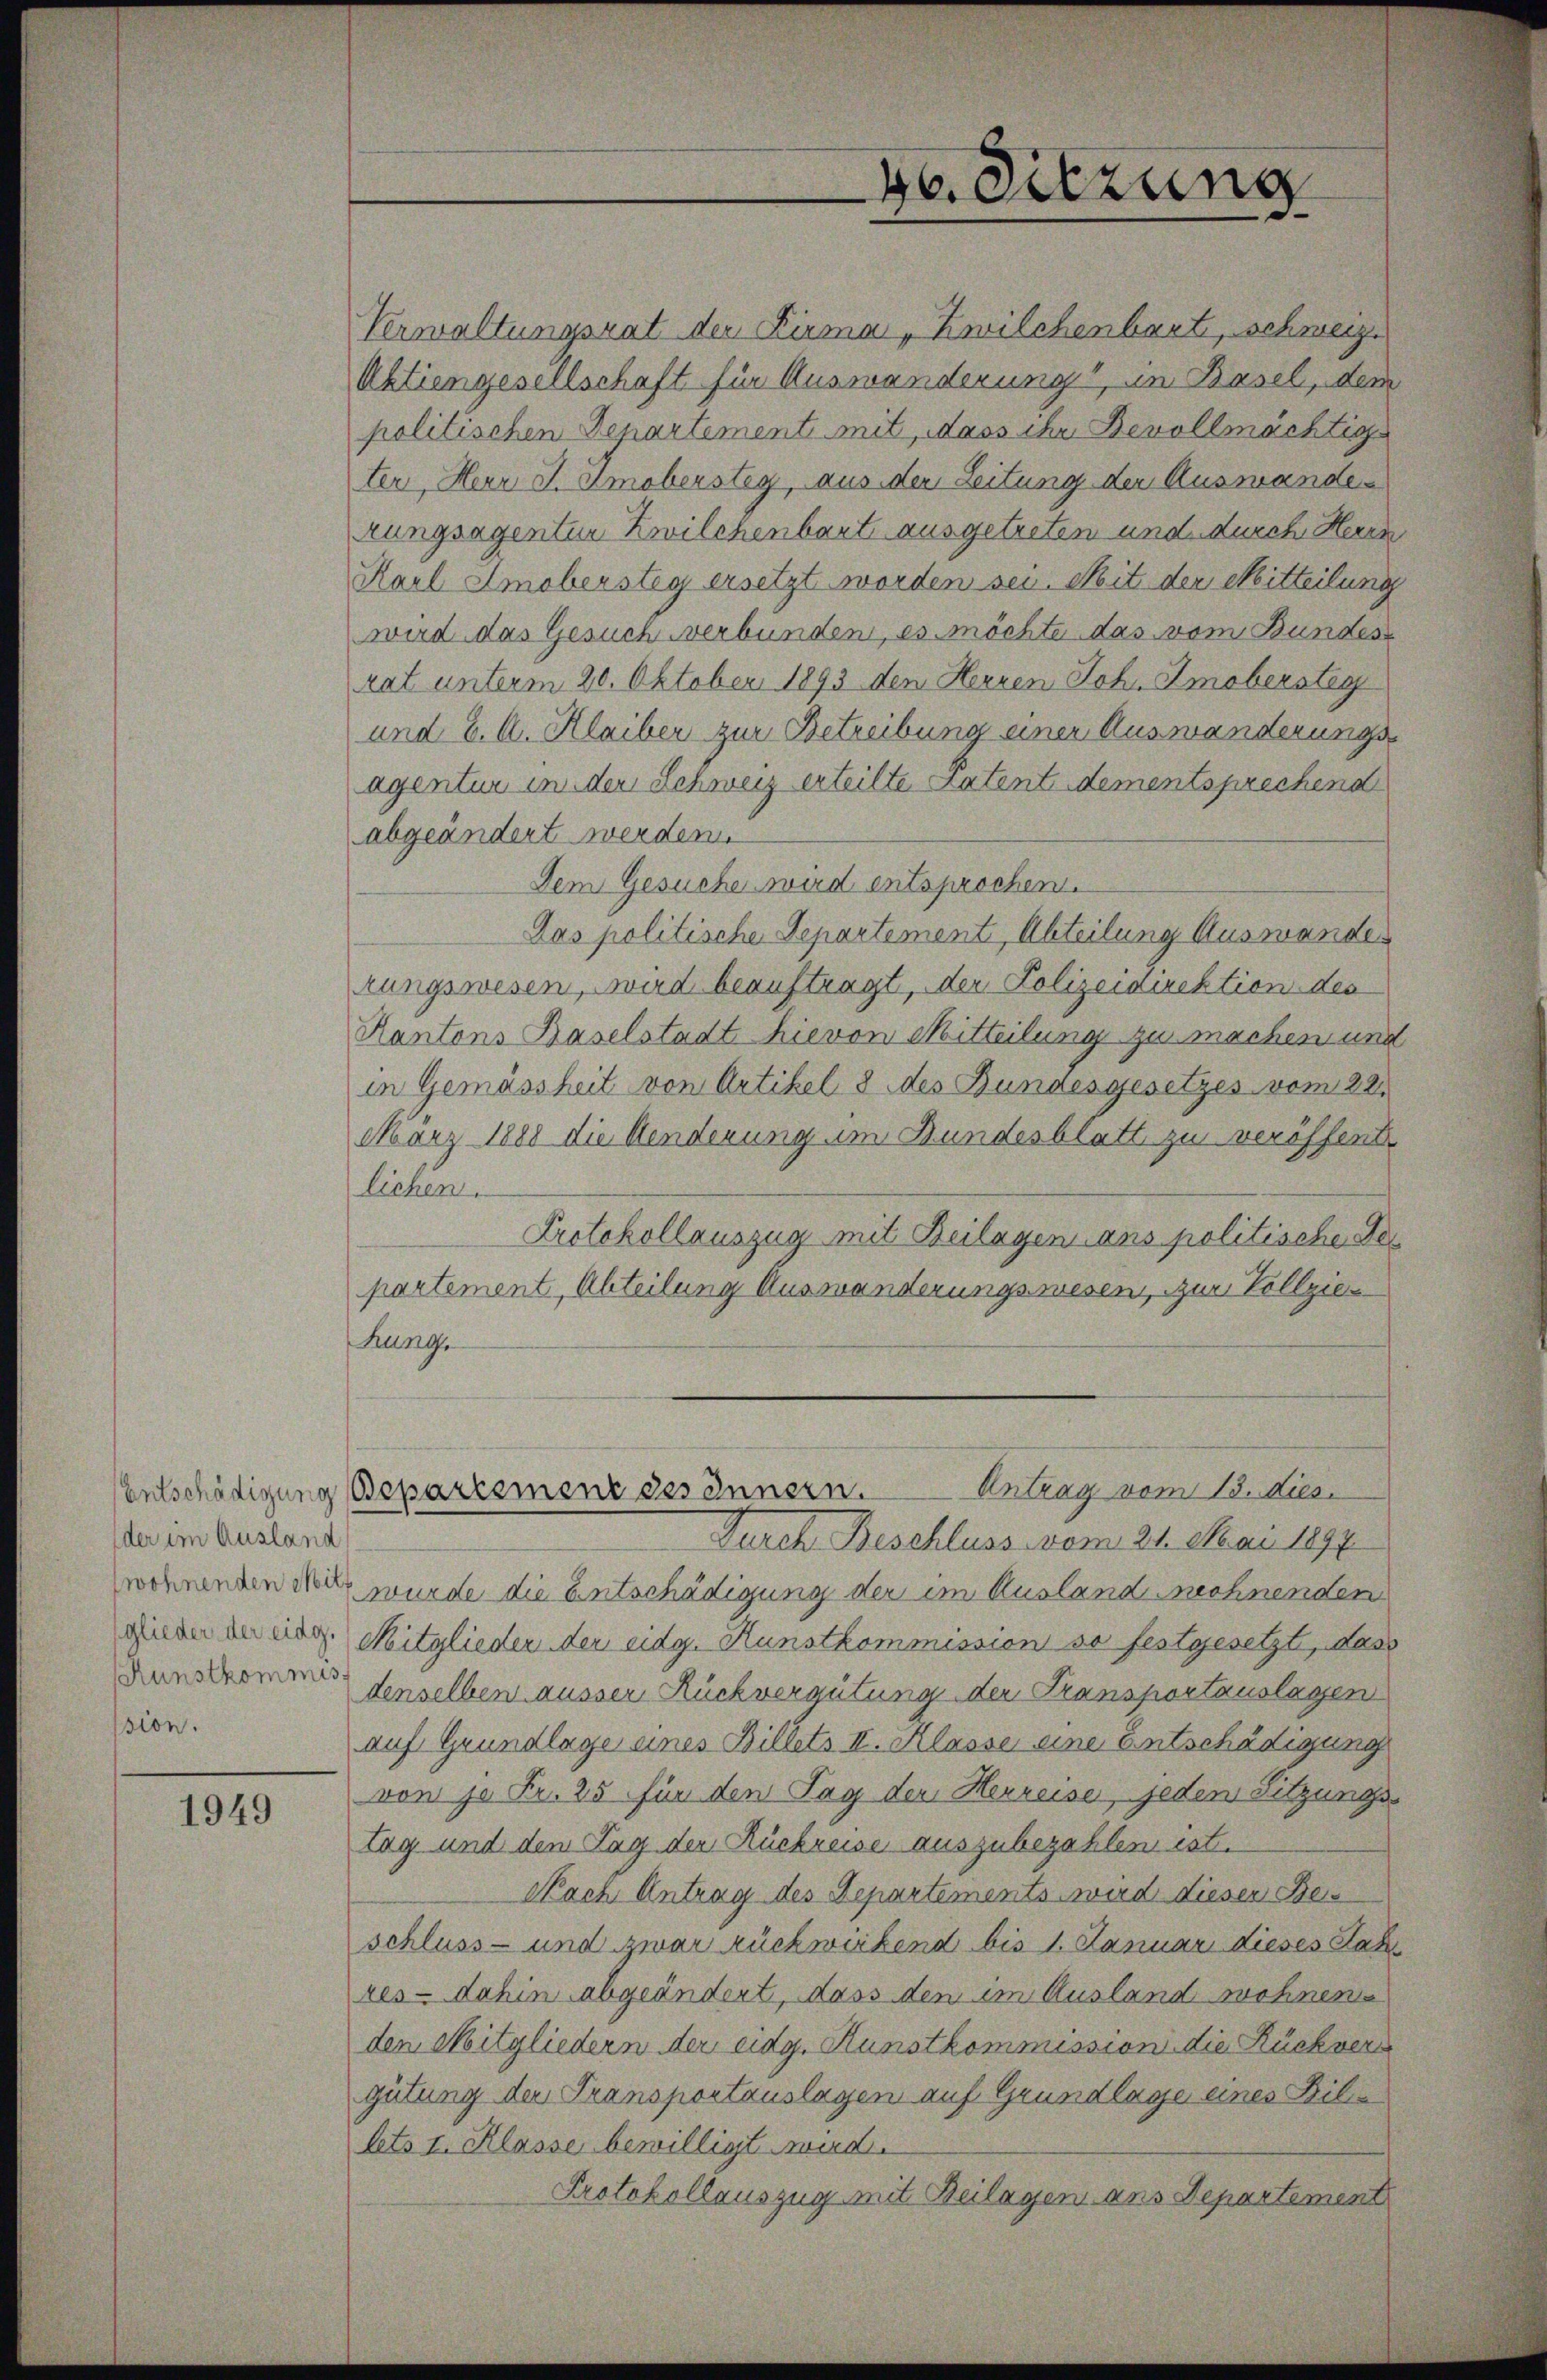
der im Ausland
wohnenden Mil
Kunstkommis
ssion.

1949

Verwaltungsrat der Firma „Zwilchenbaut, schweiz.
Aktiengesellschaft für Auswanderung, in Basel, dem
politischen Departement mit, dass ihr Bevollmächtig
ter, Herr J. Amoberstey, aus der Leitung der Auswande
rungsagenten Zwilchenbart ausgetreten und durch Herrn
Karl Smoberstey ersetzt worden sei. Mit der Mitteilung
wird das Gesuch verbunden, es möchte das vom Bundes
rat unterm 20. Oktober 1893 den Herren Joh. Amobersteg
und 2. A. Klaiber zur Betreibung einer Auswanderungs-
agentur in der Schweiz erteilte Patent dementsprechend
abgeändert werden
Dem Gesuche wird entsprochen.
Das politische Departement, Abteilung Auswande
rungswesen, wird beauftragt, der Polizeidirektion des
Kantons Baselstadt hievon Mitteilung zu machen und
in Gemässheit von Artikel 8 des Bundesgesetzes vom 22.
März 1888 die Aenderung im Bundesblatt zu veröffent
lichen.
Protokollauszug mit Beilagen ans politische Fer
partement, Abteilung Ausmanderungswesen, zur Vollzie¬
Kung,
Eintrag/Antrag vom 13. dies.
Entschädigung Bepartement des Innern.
Durch Beschluss vom 21. Mai 1897
wurde die Entschädigung der im Auslandrechnenden
ginen in eidg. Mitglieder der eidg. Kunstkommission so festgesetzt, dass
denselben ausser Rückvergütung der Transportauslagen
auf Grundlage eines Billets II. Klasse eine Entschädigung
von je Fr. 25 für den Tag der Herreise, jeden Sitzungstag und den Tag der Rückreise auszubezahlen ist.
Nach Antrag des Departements wird dieser Bes
schluss- und zwar rückwirkend bis 1. Januar dieses Sat
res - dahin abgeändert, dass den im Ausland wohnen
den Mitgliedern der eidg. Kunstkommission die Rückvers
gütung der Transportauslagen auf Grundlage eines Bil-
lets I. Klasse bewilligt wird.
Protokollauszug mit Beilagen aus Departement

46. Sitzung
d.